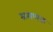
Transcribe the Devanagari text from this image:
श्रमणक